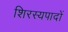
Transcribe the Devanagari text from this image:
शिरस्यपादों